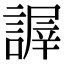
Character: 謘